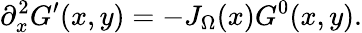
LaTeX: \partial_{x}^{2}G^{\prime}(x,y)=-J_{\Omega}(x)G^{0}(x,y).